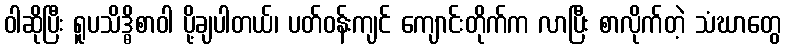
ဝါဆိုပြီး ရူပသိဒ္ဓိစာဝါ ပို့ချပါတယ်၊ ပတ်ဝန်းကျင် ကျောင်းတိုက်က လာပြီး စာလိုက်တဲ့ သံဃာတွေ